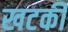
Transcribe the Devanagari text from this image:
खटकी